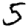
Digit: 5